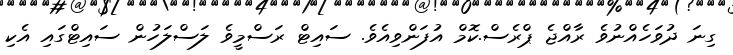
ގިނަ ދުވަހެއްނުވެ ރާއްޖެ ޕްރެސް.ކޮމް އުފަންވިއެވެ. ސައިޓް ރަސްމީވެ ލަސްލަހުން ސައިޓްގައި އެކި